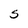
Character: S